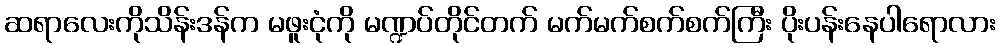
ဆရာလေးကိုသိန်းဒန်က မဖူးငုံကို မဏ္ဍပ်တိုင်တက် မက်မက်စက်စက်ကြီး ပိုးပန်းနေပါရောလား